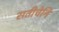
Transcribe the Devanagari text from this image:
सतीचेनि